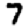
Digit: 7